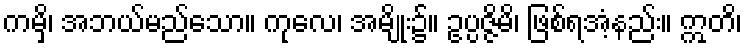
ကမှိ၊ အဘယ်မည်သော။ ကုလေ၊ အမျိုး၌။ ဥပ္ပဇ္ဇိမိ၊ ဖြစ်ရအံ့နည်း။ ဣတိ၊